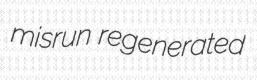
misrun regenerated